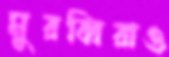
মুরব্বিরাও